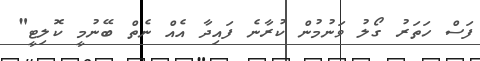
ފަސް ހަތަރު ގޯލު ވަނުމުން ކުރާނެ ފައިދާ އެއް ނެތް ބޭނުމީ ކޮލިޓީ"